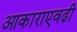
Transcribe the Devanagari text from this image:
आकाराएवढी